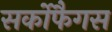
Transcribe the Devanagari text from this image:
सर्कोफैगस